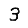
Digit: 3